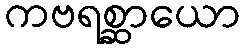
ကဗရစ္ဆာယော